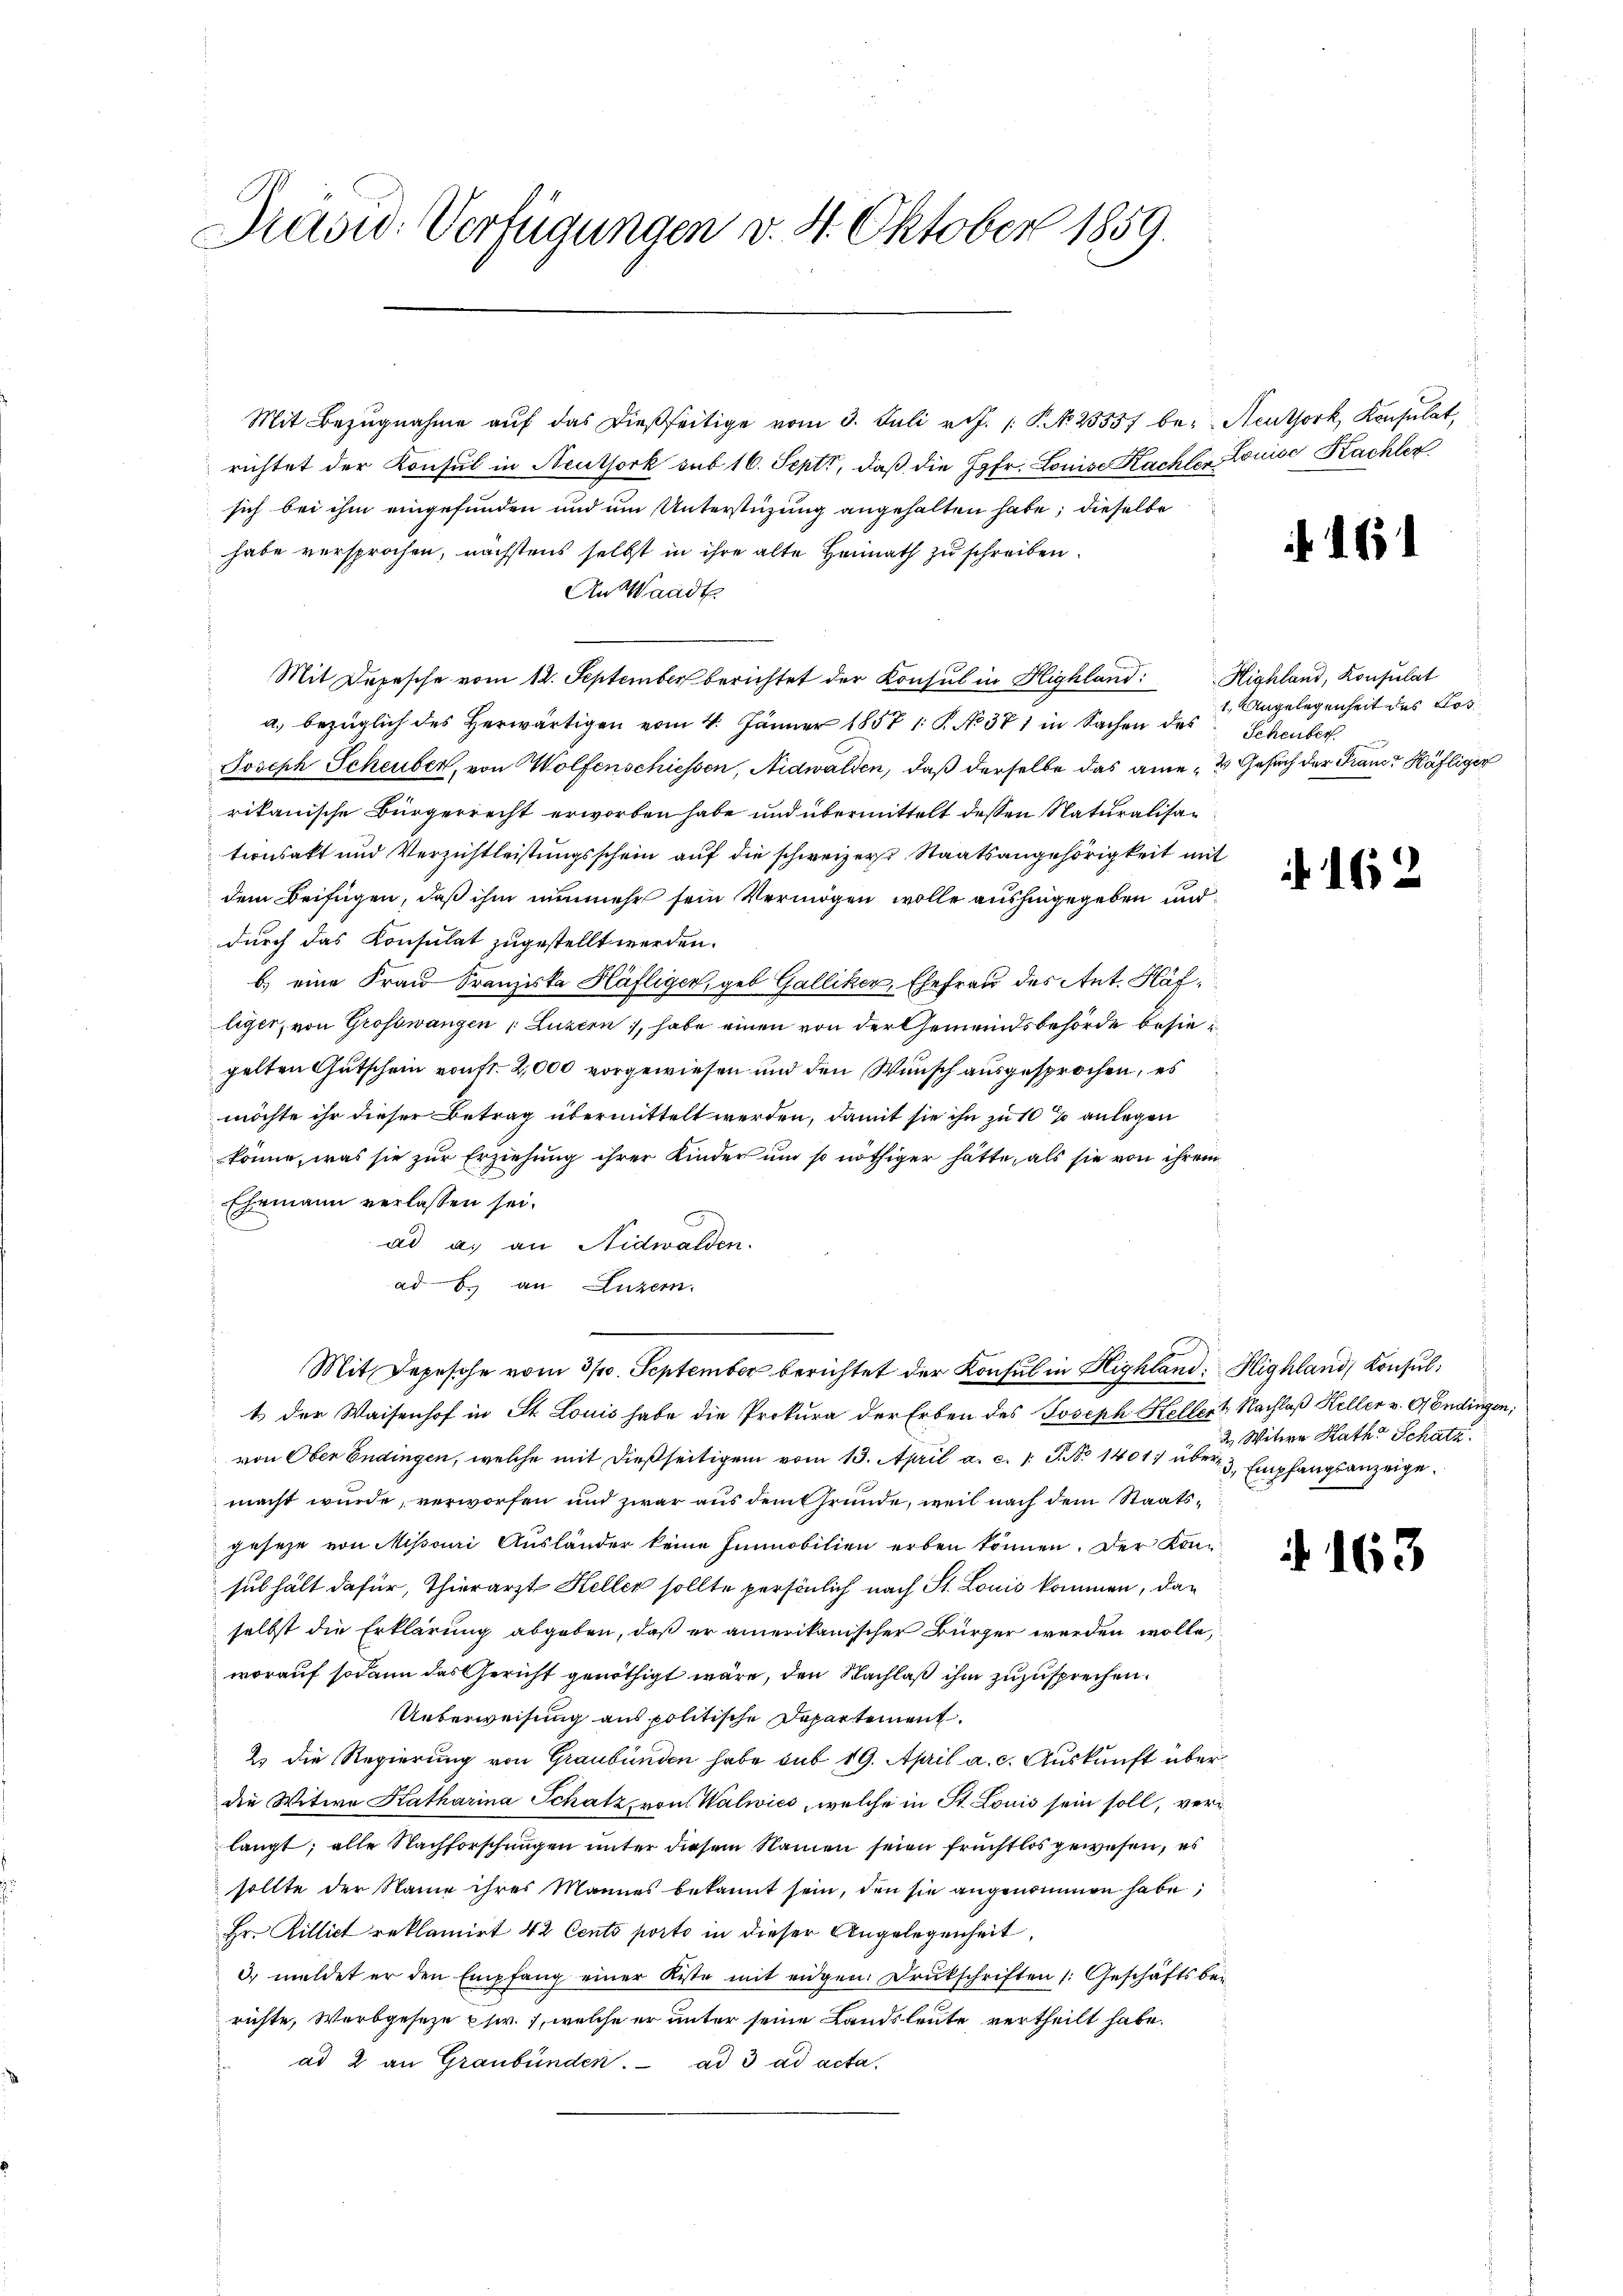
Brasid. Verfügungen v. 4. Oktober 1859.

Mit Bezŭgnahme aŭf das dießseitige vom 3. Juli v. J. P. N. 25557 be- Neuthork, Konsulat,
richtet der Konsul in Neuthork sub 16. Sept, daß die Jgfr. Louise Kachter Louise Kachler
sich bei ihm eingefunden und um Unterstüzung angehalten habe; dieselbe
habe versprochen, nächstens selbst in ihre alte Heimath zu schreiben.
An Waadt
Mit Depesche vom 12. September berichtet der Konsul in Highland: Highland, Konsulat
a. bezüglich des herwärtigen vom 4. Jänner 1857 1. P. No 371 in Sachen des Schenber
Joseph Scheuber, von Wolfenschiessen, Nidwalden, daß derselbe das amer Gesuch der Fraue Käfliger
rikanische Bürgerrecht erworben habe und übermittelt dessen Naturalisationsakt und Verzichtleistungsschein auf die schweizer. Staatsangehörigkeit mit
dem Beifügen, daß ihm nunmehr sein Vermögen wolle aushingegeben und
durch das Konsulat zugestellt werden.
b.) eine Frau Franziska Häfliger, geb. Galliker, Ehefrau des Ant. Klafliger, von Grosswangen (Luzern, habe einen von der Gemeindsbehörde besiegelten Gutschein von fr. 2,000 vorgewiesen und den Wunsch ausgesprochen, es
möchte ihr dieser Betrag übermittelt werden, damit sie ihn zu 10% anlegen
könne, was sie zur Erziehung ihrer Kinder um so nöthiger hätte, als sie von ihrem
Ehemann verlassen sei.
ad a. an Nidwalden.
ad 6. an Luzern.
Mit Depesche vom 31. September berichtet der Konsul in Highland: Highland, Konsult der Waisenhof in St. Louis habe die Prokura der Erben des Joseph Heller Nachlaß Keller v. GEndingen,
von Ober Endingen, welche mit dießseitigen vom 13. April a. c. 1 S. Nr. 14017 über 3 Empfangsanzeigemacht wurde, verworfen und zwar aus dem Grunde, weil nach dem Staatsgesehe von Missani Ausländer keine Immobilien erben können. Der Konsub hält dafür, Thierarzt Heller sollte persönlich nach St. Louis kommen, dan
selbst die Erklärung abgeben, daß er amerikanischer Bürger werden wolle,
worauf sodann das Gericht genöthigt wäre, den Nachlaß ihm zuzusprechen.
Ueberweisung aus politische Departement.
2) die Regierung von Graubünden habe sub 19. April a. c. Auskunft überdie Witwe Katharina Schatz, von Walwics, welche in St. Louis sein soll, verlangt; alle Nachforschungen unter diesem Namen seien fruchtlos gewesen, es
sollte der Name ihres Mannes bekannt sein, den sie angenommen habe;
Hr. Rillict reklamirt 42 Cento porto in dieser Angelegenheit,
3. meldet er den Empfang einer Kiste mit eidgen. Drukschriften /: Geschäftsbe-
richte, Werbgeseze ptr., welche er unter seine Landsleute vertheilt habe.
ad 2 an Graubünden. ad 3 ad acta.

14

1. Angelegenheit des Los

162

2 Witwe Kath. Schatz

163